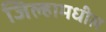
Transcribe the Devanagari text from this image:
जिल्हामधील